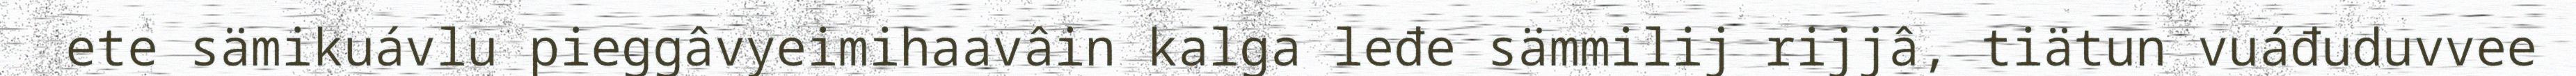
ete sämikuávlu pieggâvyeimihaavâin kalga leđe sämmilij rijjâ, tiätun vuáđuduvvee